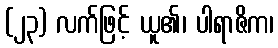
(၂၃) လက်ဖြင့် ယူ၏၊ ပါရာဇိက၊